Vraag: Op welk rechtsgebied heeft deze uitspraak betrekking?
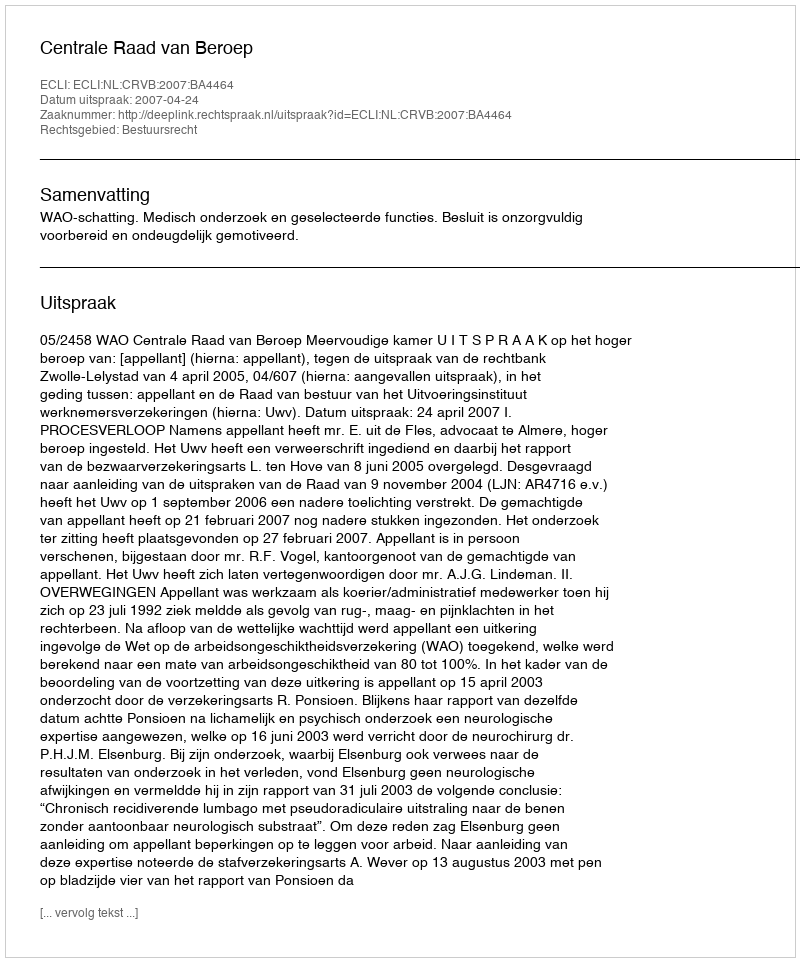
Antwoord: Bestuursrecht